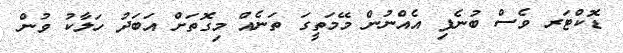
ޑޮކްޓަރ ވެސް ބުނެފި އެއްނުން މޭމަތީގަ ތަނެއް މިގޮތަށް އަބަދު ހަލާކު ވުން